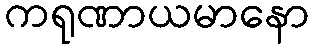
ကရုဏာယမာနော